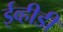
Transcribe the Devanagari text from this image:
ईव्हीडी